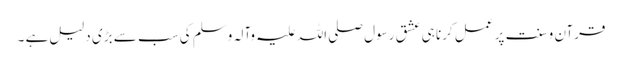
قرآن و سنت پر عمل کرنا ہی عشق رسول صلی اللہ علیہ وآلہ وسلم کی سب سے بڑی دلیل ہے ۔